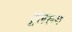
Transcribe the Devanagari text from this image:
टूलरूम